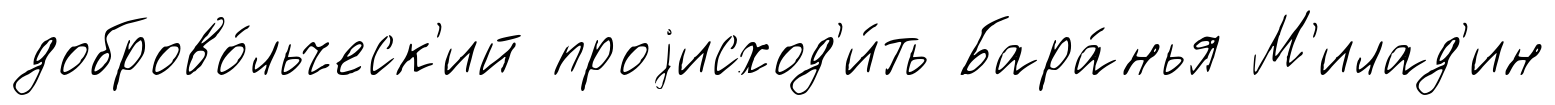
доброво́льческ'ий проjисход'и́ть Бара́нья М'илад'ин